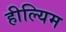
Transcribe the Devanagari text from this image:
हील्यिम